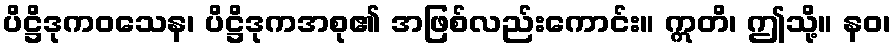
ပိဋ္ဌိဒုကဝသေန၊ ပိဋ္ဌိဒုကအစု၏ အဖြစ်လည်းကောင်း။ ဣတိ၊ ဤသို့။ နဝ၊